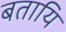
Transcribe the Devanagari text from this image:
बतायि